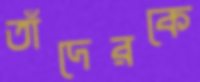
তাঁদেরকে